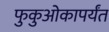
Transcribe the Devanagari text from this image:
फुकुओकापर्यंत